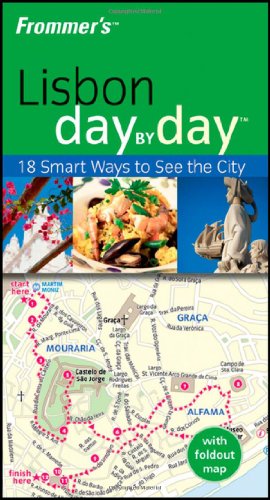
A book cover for Frommer's Lisbon Day by Day (Frommer's Day by Day - Pocket); Louise Pole-Baker; Travel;